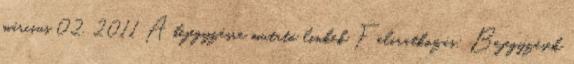
március 02, 2011 A bejegyzésre mutató linkek Feliratkozás: Bejegyzések